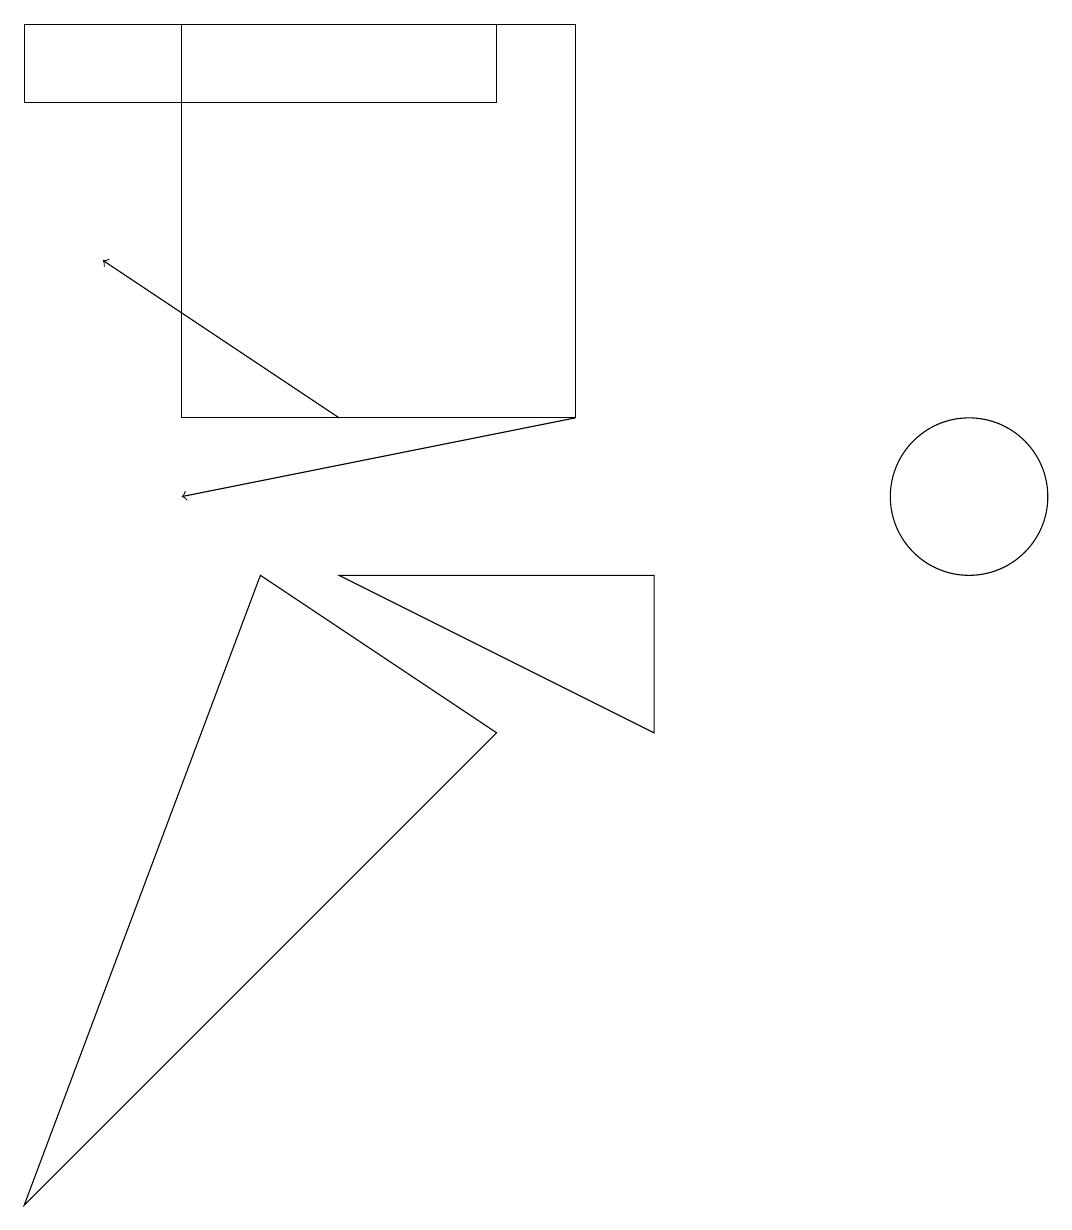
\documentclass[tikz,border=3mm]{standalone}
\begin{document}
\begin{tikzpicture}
\draw (2,11) rectangle (7,16);
\draw[->] (7,11) -- (2,10);
\draw (0,1) -- (3,9) -- (6,7) -- cycle;
\draw (6,16) rectangle (0,15);
\draw (4,9) -- (8,7) -- (8,9) -- cycle;
\draw[->] (4,11) -- (1,13);
\draw (12,10) circle (1);
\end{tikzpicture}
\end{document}